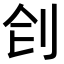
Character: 𠛛